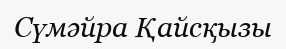
Сүмәйра Қайсқызы